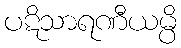
ပဋိသာရဏီယမ္ပိ